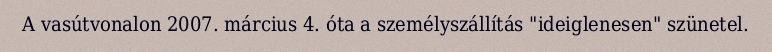
A vasútvonalon 2007. március 4. óta a személyszállítás "ideiglenesen" szünetel.